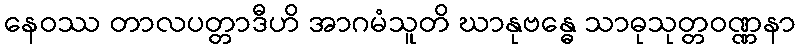
နေဝဿ တာလပတ္တာဒီဟိ အာဂမံသူတိ ဃာနုဗန္ဓေ သာဓုသုတ္တဝဏ္ဏနာ